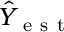
\hat { Y } _ { \mathrm { ~ e ~ s ~ t ~ } }